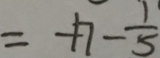
= + 7 - \frac { 1 } { 5 }